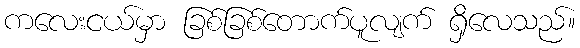
ကလေးငယ်မှာ ခြစ်ခြစ်တောက်ပူလျက် ရှိလေသည်။